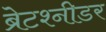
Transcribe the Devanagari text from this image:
ब्रेटश्नीडर